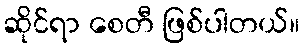
ဆိုင်ရာ စေတီ ဖြစ်ပါတယ်။